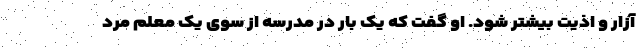
آزار و اذیت بیشتر شود. او گفت که یک بار در مدرسه از سوی یک معلم مرد